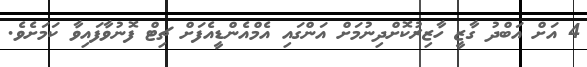
4 އަށް އަބްދު ގާޒީ ހާޒިރުކޮށްދިނުމަށް އަންގައި އެމްއެންޑީއެފަށް ޗިޓް ފޮނުވާފައިވާ ކަމަށެވެ.